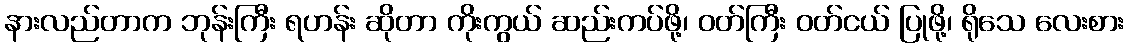
နားလည်တာက ဘုန်းကြီး ရဟန်း ဆိုတာ ကိုးကွယ် ဆည်းကပ်ဖို့၊ ဝတ်ကြီး ဝတ်ငယ် ပြုဖို့၊ ရိုသေ လေးစား